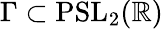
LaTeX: \Gamma\subset\mathrm{PSL}_{2}(\mathbb{R})